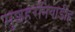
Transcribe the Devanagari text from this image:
मुशहरनियाडीह